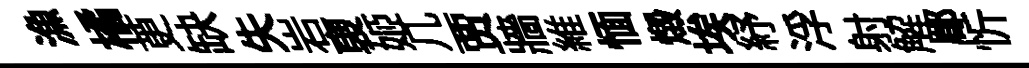
漁橘茰缺失岩褏姬几贾牆維愐燬埃紓浮射解郿忻